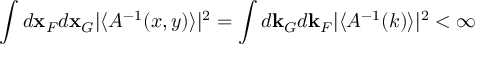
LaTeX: \int d { \bf x } _ { F } d { \bf x } _ { G } \vert \langle { \cal A } ^ { - 1 } ( x , y ) \rangle \vert ^ { 2 } = \int d { \bf k } _ { G } d { \bf k } _ { F } \vert \langle { \cal A } ^ { - 1 } ( k ) \rangle \vert ^ { 2 } < \infty